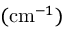
( \mathrm { c m } ^ { - 1 } )